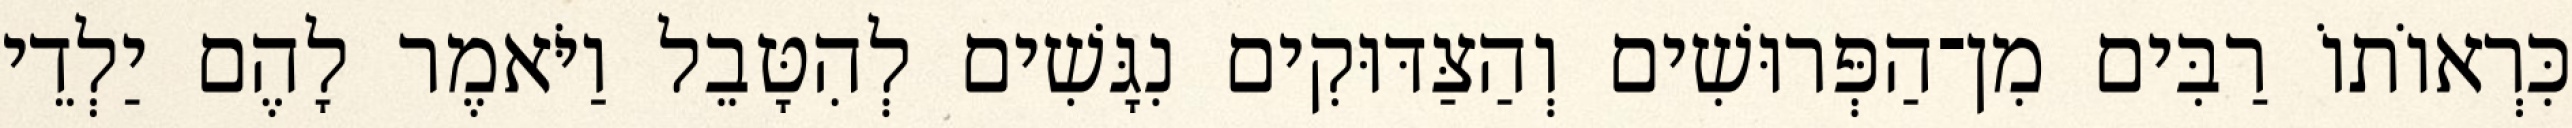
כִּרְאוֹתוֹ רַבִּים מִן־הַפְּרוּשִׁים וְהַצַּדּוּקִים נִגָּשִׁים לְהִטָּבֵל וַיֹּאמֶר לָהֶם יַלְדֵי